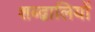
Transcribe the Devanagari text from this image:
शब्द्वालियों